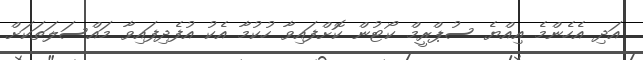
އަދި އެހެންމެ އިއްޔެ ސުޕްރީމް ކޯޓުން ކޮށްފައިވާ ހުކުމާ އެކު އުފެދިފައިވާ މައްސަލަތަކަށް